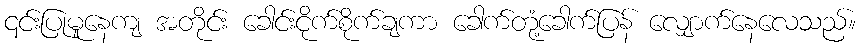
၎င်းပြုမူနေကျ အတိုင်း ခေါင်းငိုက်စိုက်ချကာ ခေါက်တုံ့ခေါက်ပြန် လျှောက်နေလေသည်။